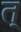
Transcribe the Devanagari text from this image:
त्‌